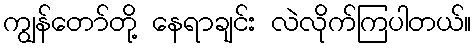
ကျွန်တော်တို့ နေရာချင်း လဲလိုက်ကြပါတယ်။